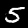
Digit: 5